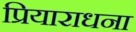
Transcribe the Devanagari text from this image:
प्रियाराधना